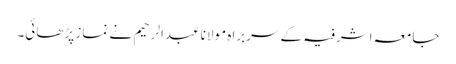
جامعہ اشرفیہ کے سربراہ مولانا عبدالرحیم نے نماز پڑھائی۔